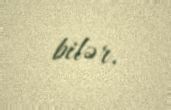
bilər.